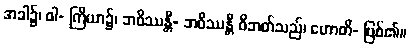
အခါ၌၊ ဝါ- ကြိယာ၌၊ ဘဝိဿန္တီ- ဘဝိဿန္တီ ဝိဘတ်သည်၊ ဟောတိ- ဖြစ်၏။